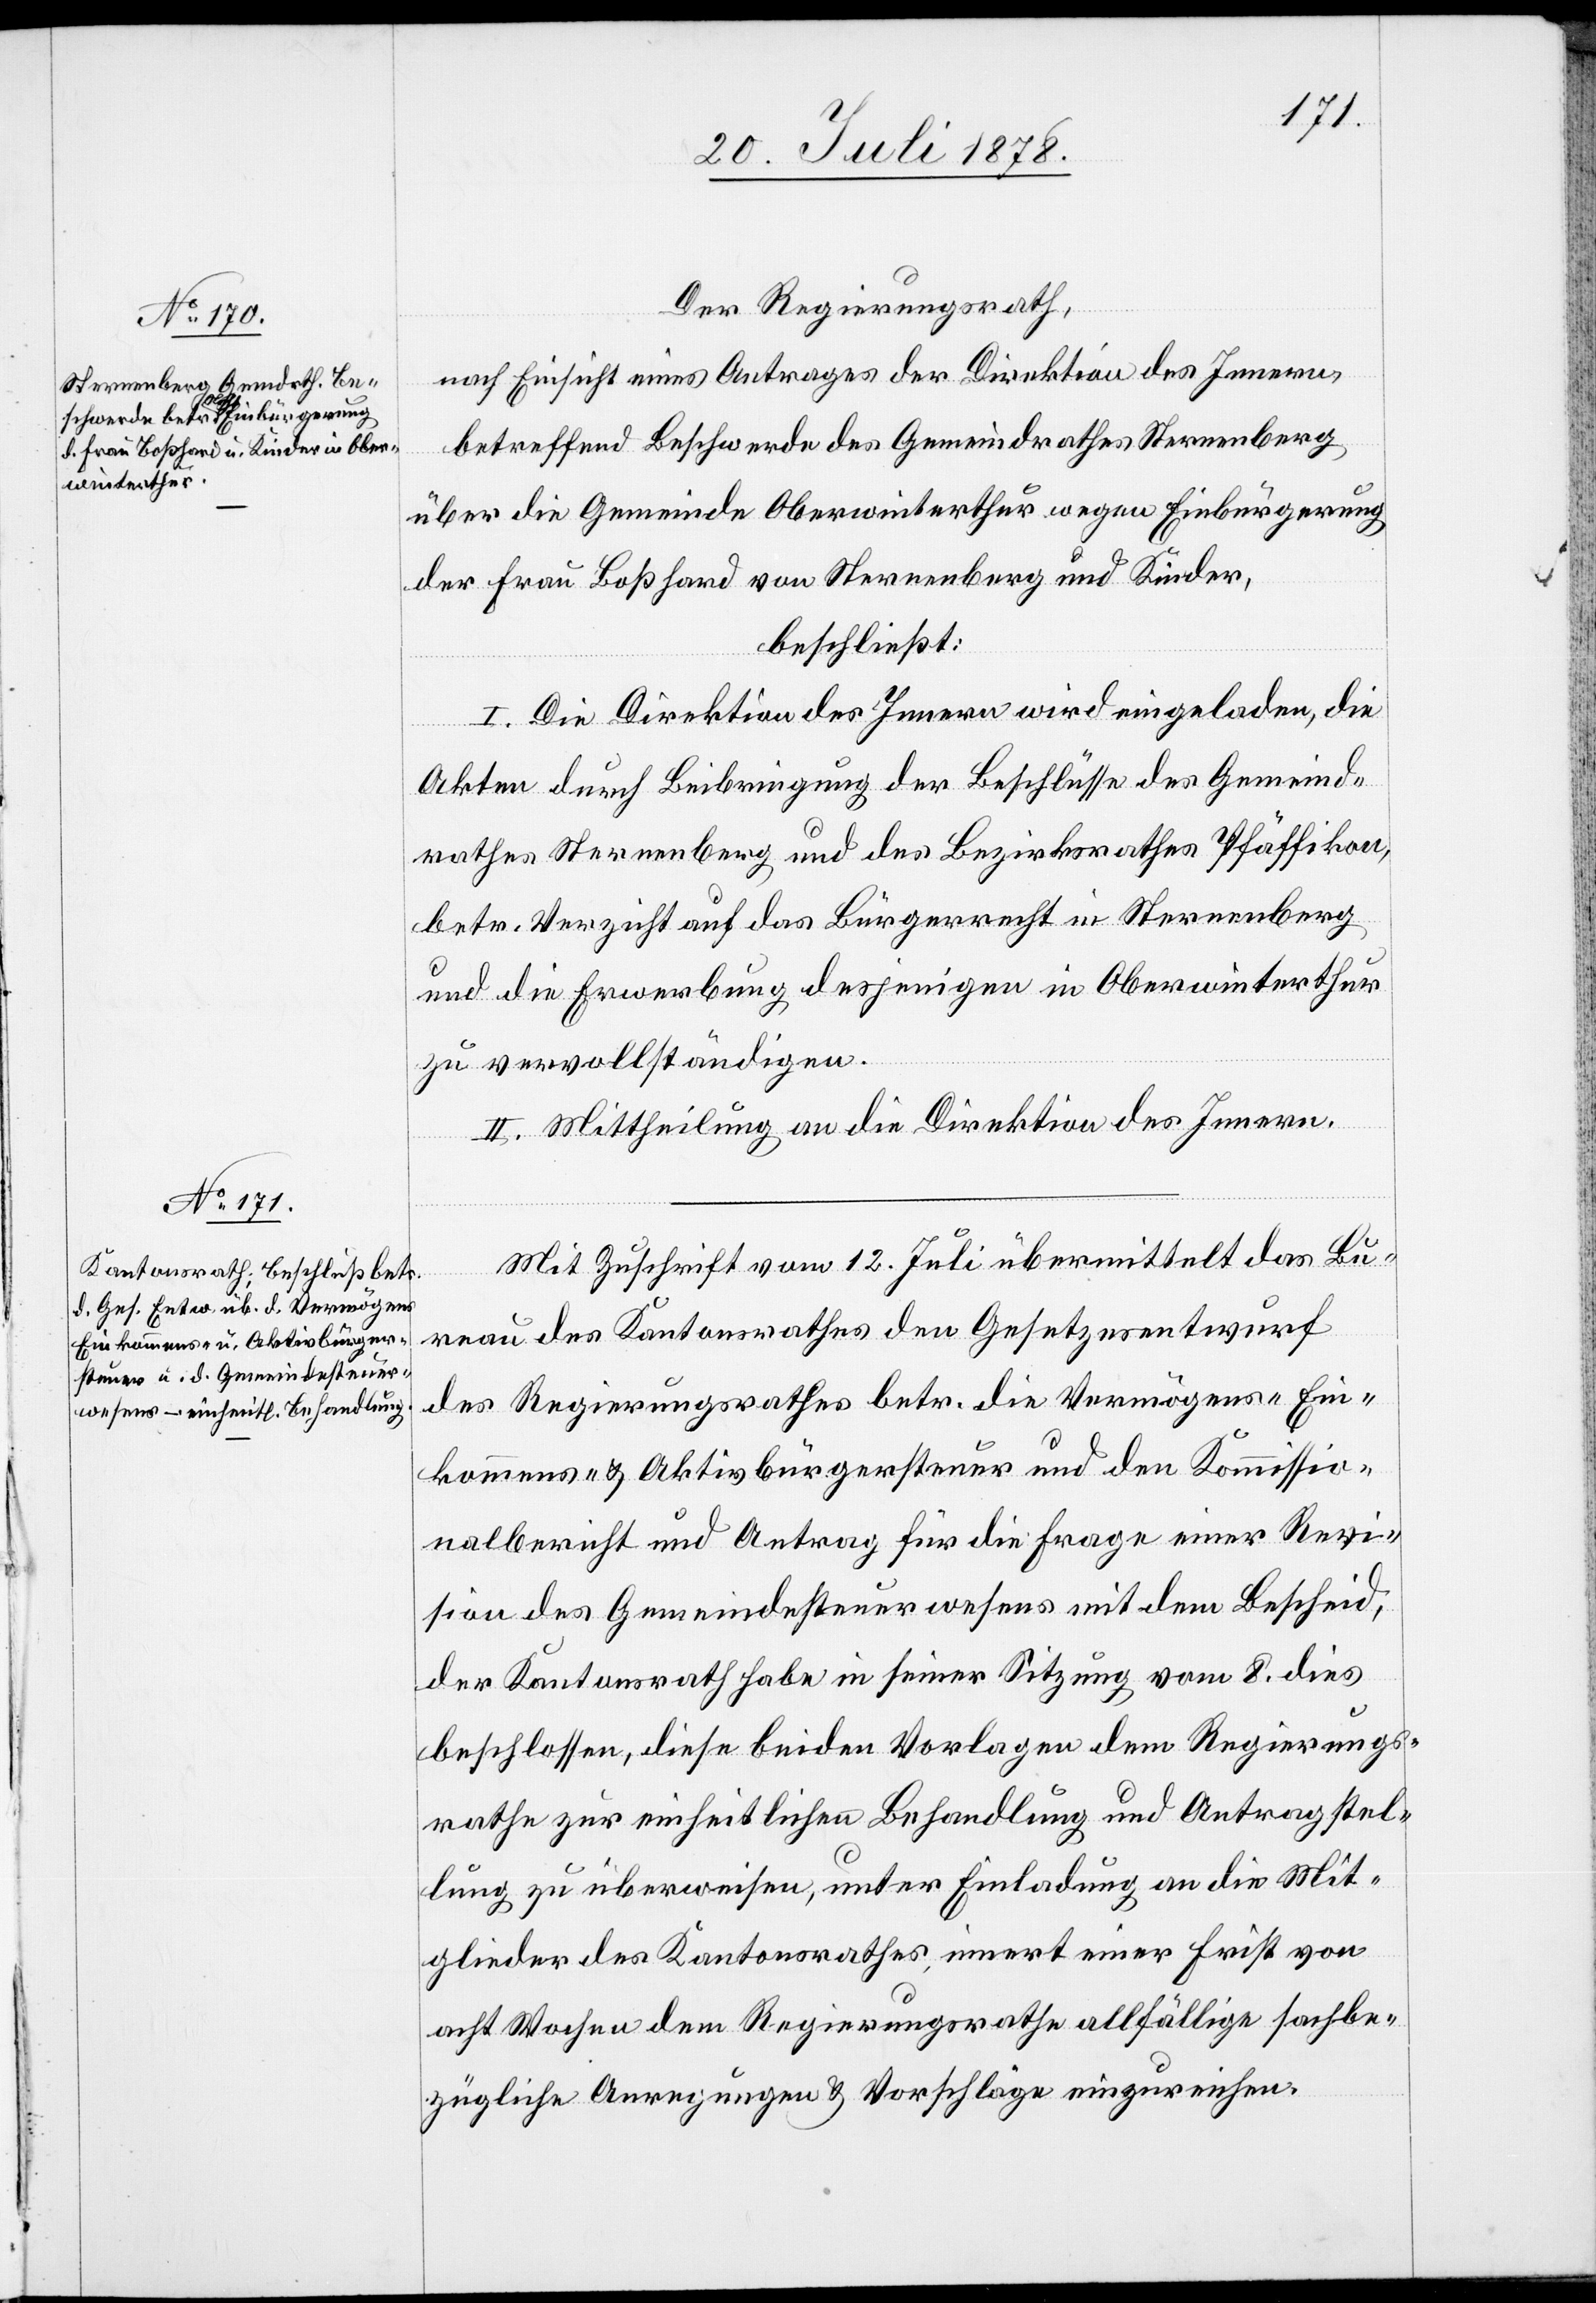
Der Regierungsrath,
nach Einsicht eines Antrages der Direktion des Innern,
betreffend Beschwerde des Gemeindrathes Sternenberg
über die Gemeinde Oberwinterthur wegen Einbürgerung
der Frau Boßhard von Sternenberg und Kinder,
beschließt:
I. Die Direktion des Innern wird eingeladen, die
Akten durch Beibringung der Beschlüsse des Gemeind¬
rathes Sternenberg und des Bezirksrathes Pfäffikon,
betr. Verzicht auf das Bürgerrecht in Sternenberg
und die Erwerbung desjenigen in Oberwinterthur
zu vervollständigen.
II. Mittheilung an die Direktion des Innern.
Mit Zuschrift vom 12. Juli übermittelt das Bu¬
reau des Kantonsrathes den Gesetzesentwurf
des Regierungsrathes betr. die Vermögens-[,] Ein¬
kommens- & Aktivbürgersteuer und den Kommissio¬
nalbericht und Antrag für die Frage einer Revi¬
sion des Gemeindesteuerwesens mit dem Bescheid,
der Kantonsrath habe in seiner Sitzung vom 8. dies
beschlossen, diese beiden Vorlagen dem Regierungs¬
rath zur einheitlichen Behandlung und Antragstel¬
lung zu überweisen, unter Einladung an die Mit¬
glieder des Kantonsrathes, innert einer Frist von
acht Wochen dem Regierungsrathe allfällige sachbe¬
zügliche Anregungen & Vorschläge einzureichen.